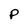
Character: P